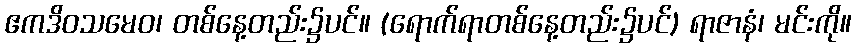
ဧကဒိဝသမေဝ၊ တစ်နေ့တည်း၌ပင်။ (ရောက်ရာတစ်နေ့တည်း၌ပင်) ရာဇာနံ၊ မင်းကို။